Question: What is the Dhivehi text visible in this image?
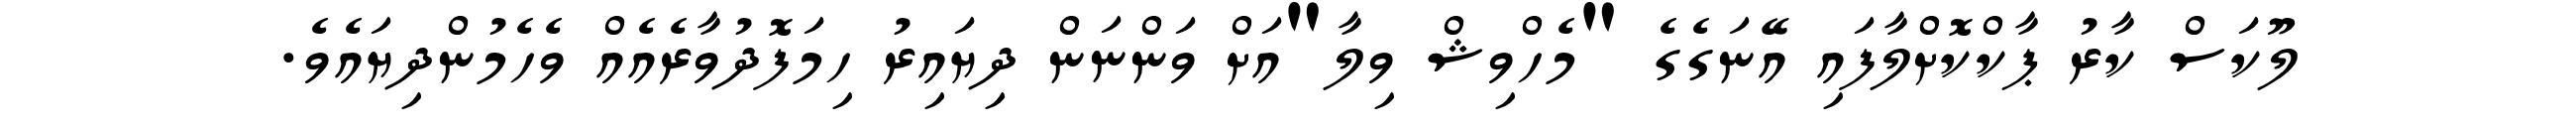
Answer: ލޫކަސް ކާރު ޕާކްކޮށްލާފައި އޭނަގެގެ "މެހްވިޝް ވިލާ"އަށް ވަންނަން ދިޔައިރު ހިމަފޮދުވާރެއެއް ވެހެމުންދިޔައެވެ.